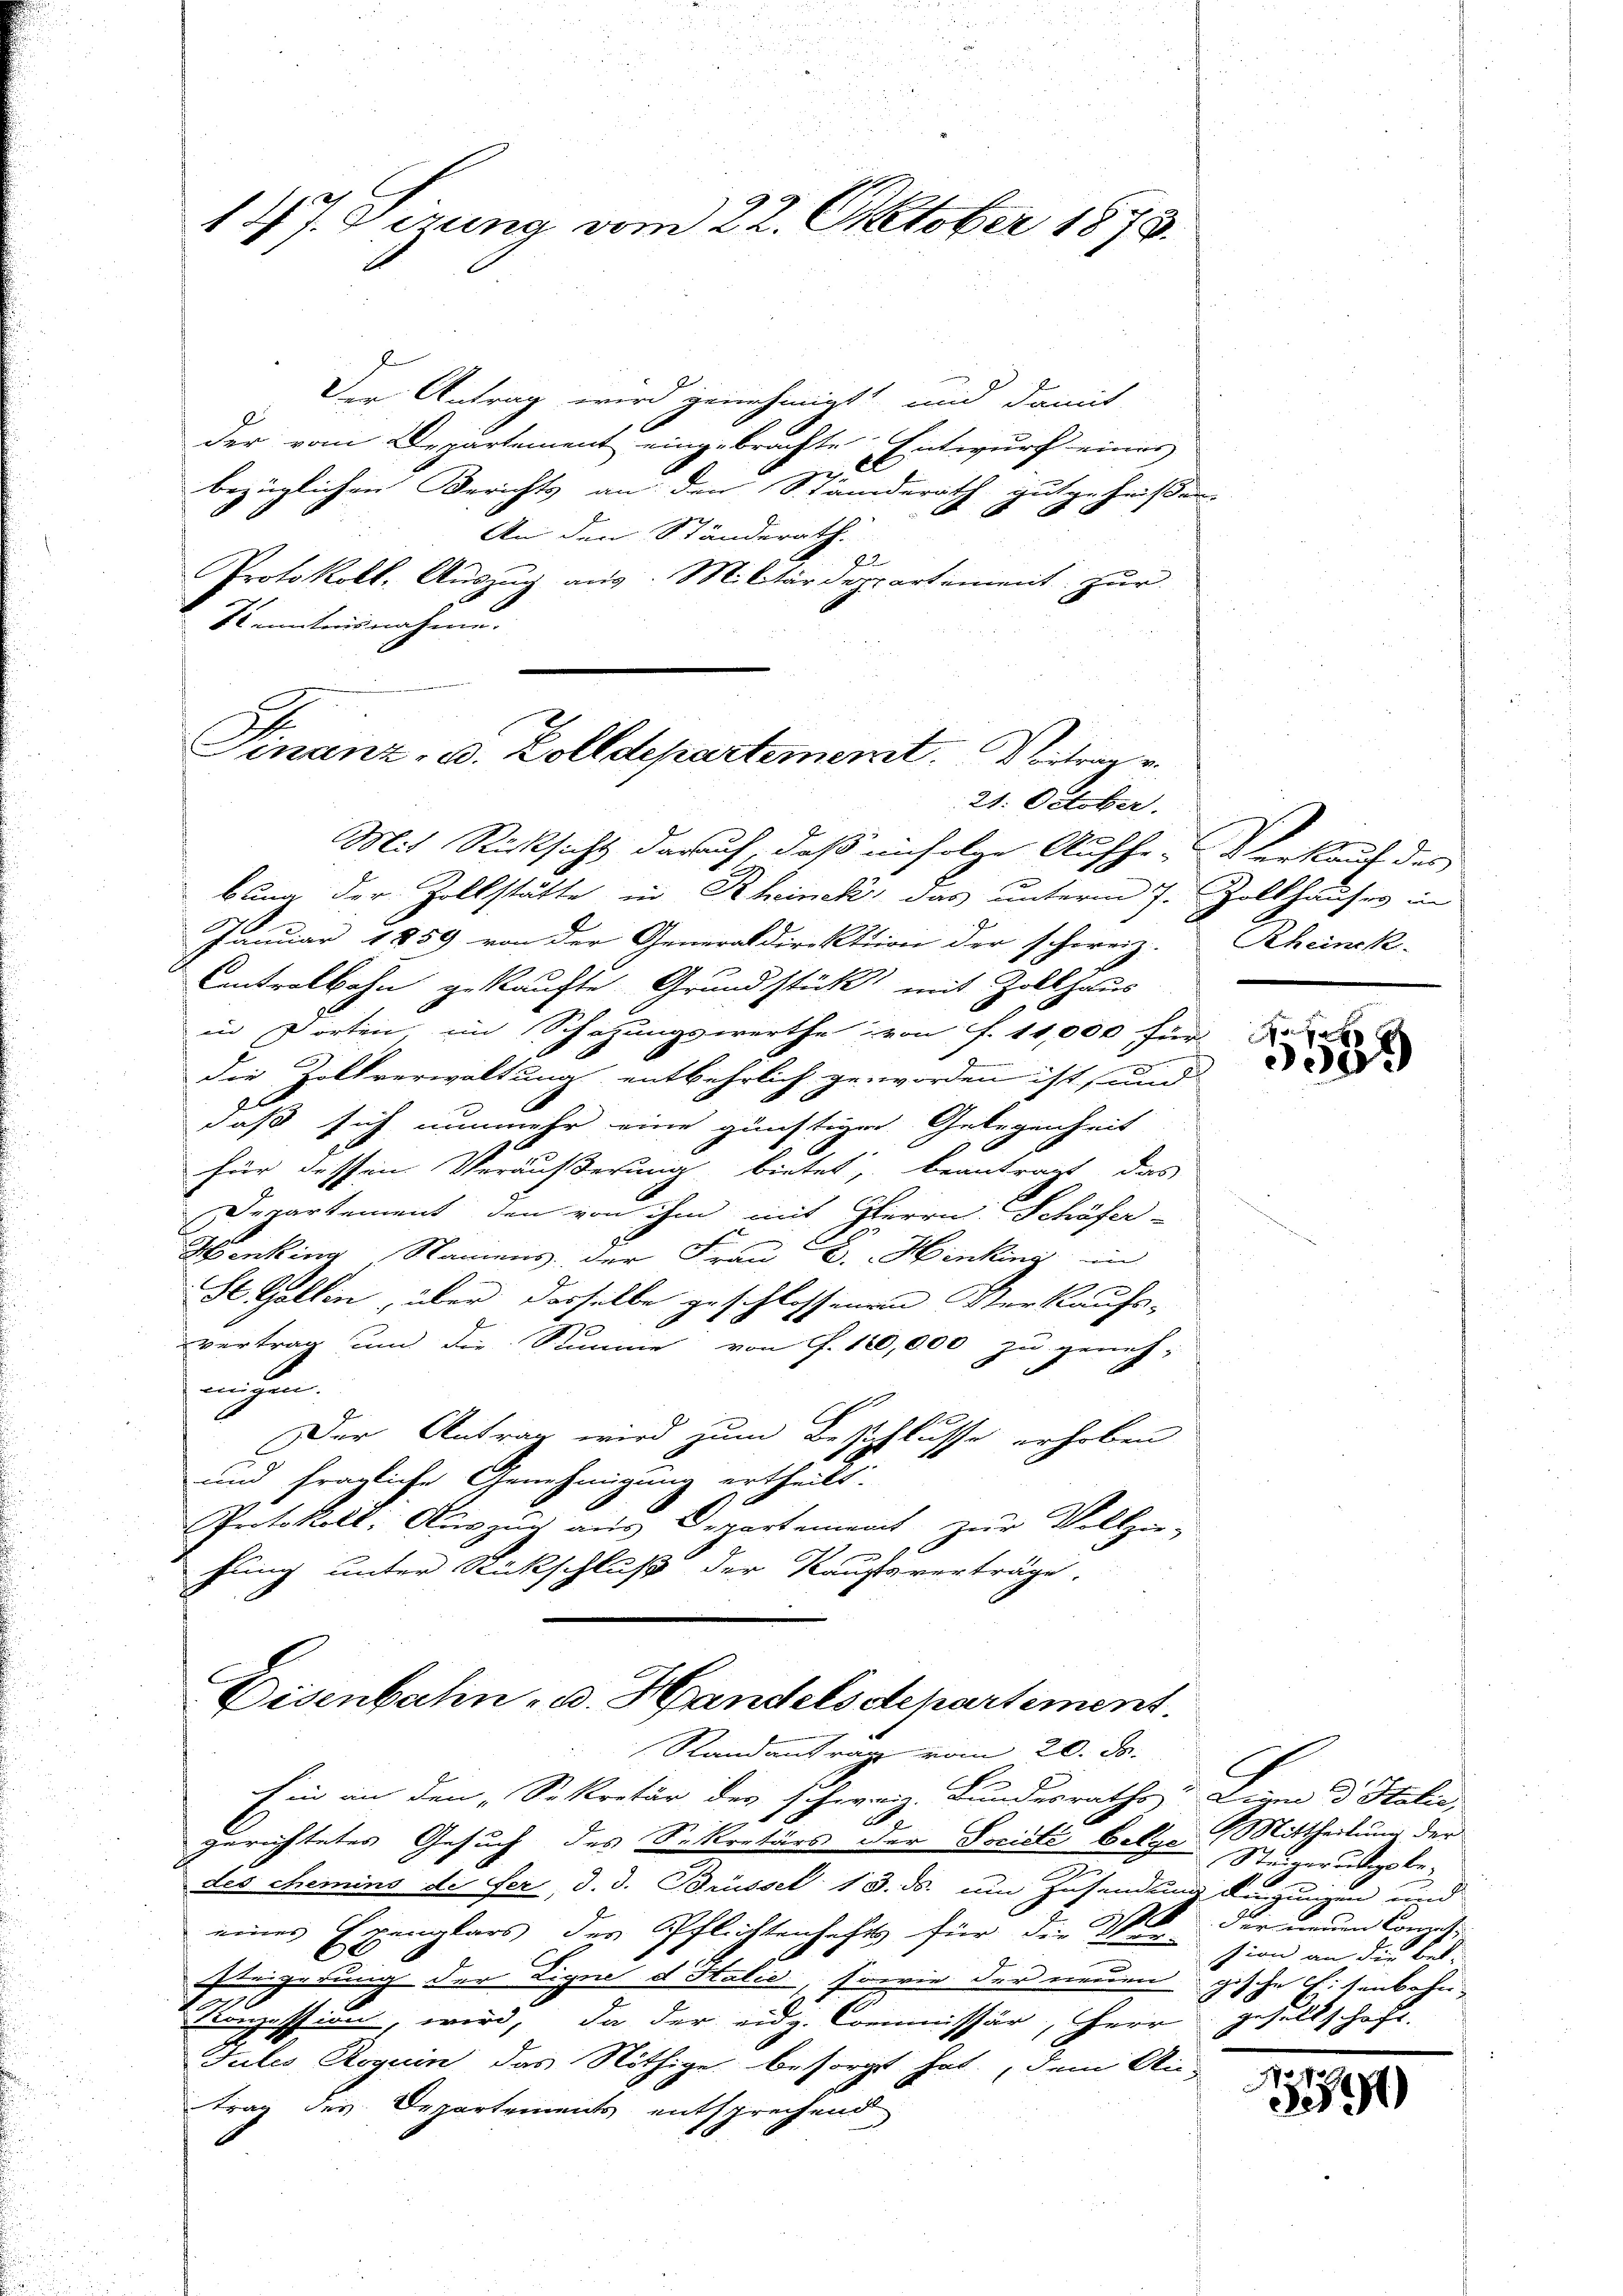
147. Sirung vom 22. Oktober 1873.

Der Antrag wird genehmigt und damit
der vom Departement eingebrachte Entwurf eines

bezüglichen Berichts an den Ständerath gutgeheißen
An den Ständerath.
Protokoll, Aŭszŭg aŭs. Militärdepartement zŭr
Sanitausnahme.

Finanz- u. Zolldepartement. Beitrag u.
21. October.

Mit Rücksicht darauf, daß einfolge Aufhe-Verkauf des
bung der Zollstätte in Rheinek das unterm 7. Zollhauses in
2
Januar 1859 von der Generaldirektion der schweiz.
Cintralbahn gekaufte Grundstück mit Zollhaus
in Dorten, im Schatzungswerthe von f. 11,000 für
die Zollverwaltung entbehrlich geworden ist, und
daß sich nunmehr eine günstigen Gelegenheit
für dessen Veräußerung bietet, beantragt, das
Departement den von ihm mit Herrn Schöfer-
Henking Namens der Frau B. Hinking in
St. Gallen, über dasselbe geschlossenen Verkaufs-
vertrag um die Stimme von P. 120,000 zu geneh-
aesen.
Der Antrag wird zum Beschlusse erhoben
und fragliche Genehmigung ertheilt:
Protokoll: Auszug aus Departement zur Vollzo-
e
hung unter Rückschluß der Käuftsverträge.

Eisenbahn- u. Handelsdepartimens.
Randantrag vom 20. ds.

Rheinek

Ein an den „Sekretär des schweiz. Bundesraths- Ligen d. Stalie
d
gerichtetes Gesuch des Sekretärs der Socisté belge. Mittheilung der
.
des chemins de fer, d. d. Brüssel 18. ds. um Zusendung fügungen und
.
eines Exemplars des Pflichtenhafts für die 300 der neuen Conzes
steigerung der Signe d Halio, sowie der neuen gische Eisenbahn-
e
Conzession, wird, da der eidg. Commissär, Herr gesellschaft.
Jules Roguin das Nöthige besorgt hat. Dem An-
trag des Departements entsprechend

300

Stei grundgsbe-
sion an die Bes

7
391